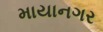
માયાનગર